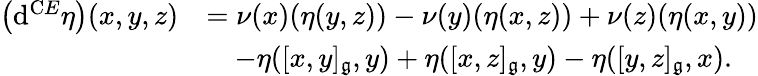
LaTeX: \begin{array}{rl}{\left(\mathrm{d}^{\mathrm CE}\eta\right)(x,y,z)}&{=\nu(x)(\eta(y,z))-\nu(y)(\eta(x,z))+\nu(z)(\eta(x,y))}\\ &{\quad-\eta([x,y]_{\mathfrak{g}},y)+\eta([x,z]_{\mathfrak{g}},y)-\eta([y,z]_{\mathfrak{g}},x).}\end{array}